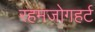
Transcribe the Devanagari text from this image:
रहमजोगहर्ट